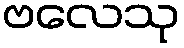
ဗလေသု